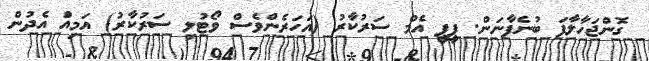
ގޮންޖަހާލާފަ ބުނެފާނަން. ޕީޕީ އެމް ސަރުކާރު (އަހަރެންވެސް ވޯޓުލި ސަރުކާރު) އަމިއްަ އެދުން